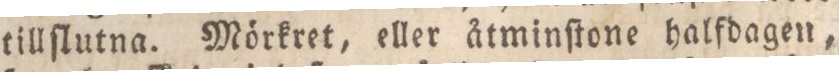
tillſlutna. Mörkret, eller åtminſtone halfdagen,